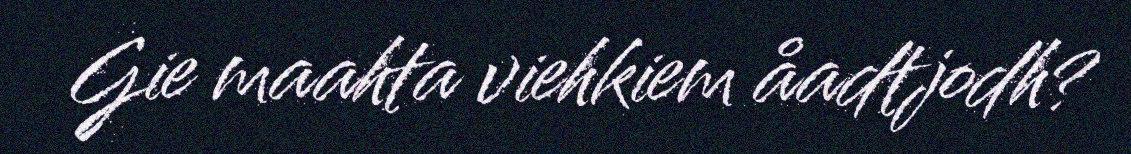
Gie maahta viehkiem åadtjodh?